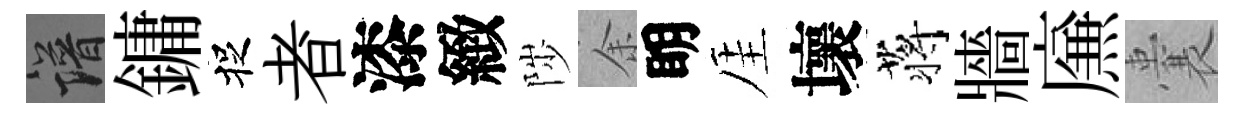
譜鏞捉者漆緻陟余眀厓壞蒋牆㢘囊